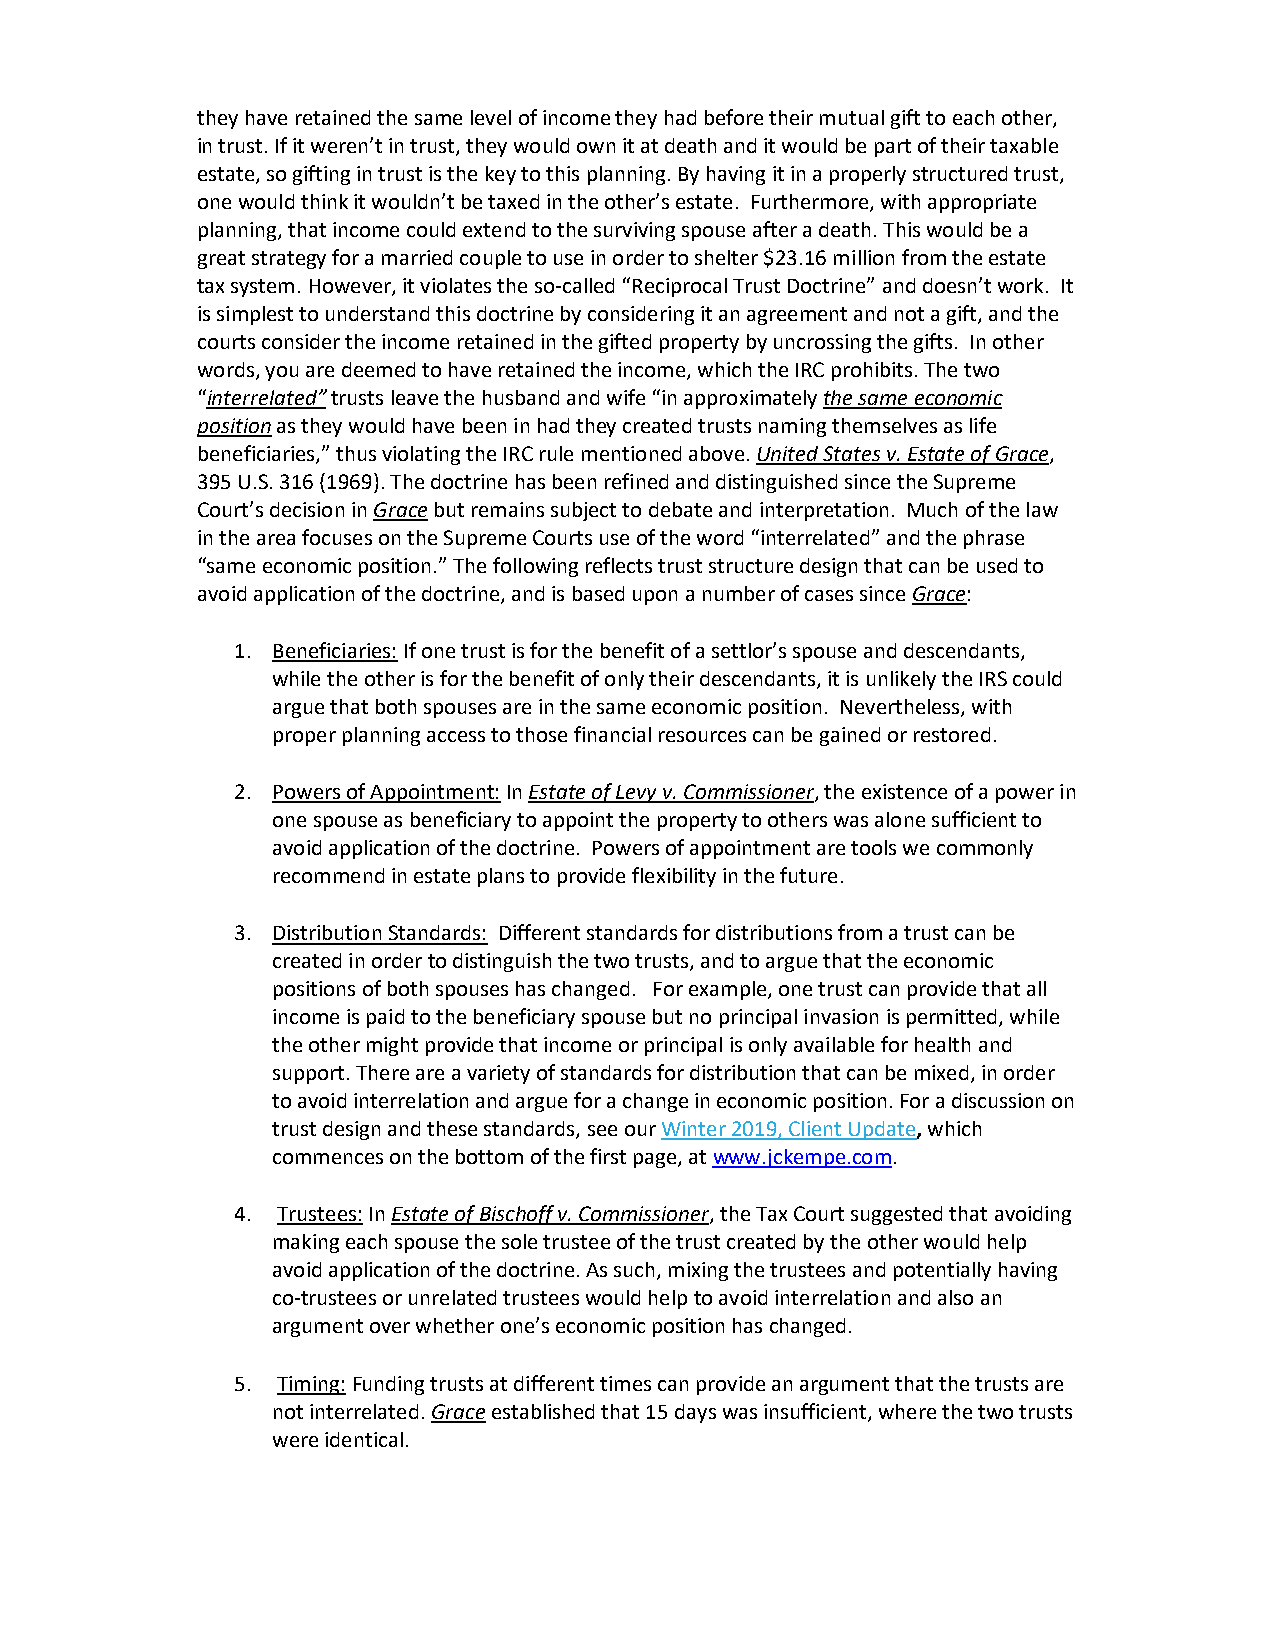
they have retained the same level of income they had before their mutual gift to each other,
 in trust. If it weren’t in trust, they would own it at death and it would be part of their taxable
 estate, so gifting in trust is the key to this planning. By having it in a properly structured trust,
 one would think it wouldn’t be taxed in the other’s estate. Furthermore, with appropriate
 planning, that income could extend to the surviving spouse after a death. This would be a
 great strategy for a married couple to use in order to shelter $23.16 million from the estate
 tax system. However, it violates the so-called “Reciprocal Trust Doctrine” and doesn’t work. It
 is simplest to understand this doctrine by considering it an agreement and not a gift, and the
 courts consider the income retained in the gifted property by uncrossing the gifts. In other
 words, you are deemed to have retained the income, which the IRC prohibits. The two
 “interrelated” trusts leave the husband and wife “in approximately the same economic
 position as they would have been in had they created trusts naming themselves as life
 beneficiaries,” thus violating the IRC rule mentioned above. United States v. Estate of Grace,
 395 U.S. 316 (1969). The doctrine has been refined and distinguished since the Supreme
 Court’s decision in Grace but remains subject to debate and interpretation. Much of the law
 in the area focuses on the Supreme Courts use of the word “interrelated” and the phrase
 “same economic position.” The following reflects trust structure design that can be used to
 avoid application of the doctrine, and is based upon a number of cases since Grace:
 1. Beneficiaries: If one trust is for the benefit of a settlor’s spouse and descendants,
 while the other is for the benefit of only their descendants, it is unlikely the IRS could
 argue that both spouses are in the same economic position. Nevertheless, with
 proper planning access to those financial resources can be gained or restored.
 2. Powers of Appointment: In Estate of Levy v. Commissioner, the existence of a power in
 one spouse as beneficiary to appoint the property to others was alone sufficient to
 avoid application of the doctrine. Powers of appointment are tools we commonly
 recommend in estate plans to provide flexibility in the future.
 3. Distribution Standards: Different standards for distributions from a trust can be
 created in order to distinguish the two trusts, and to argue that the economic
 positions of both spouses has changed. For example, one trust can provide that all
 income is paid to the beneficiary spouse but no principal invasion is permitted, while
 the other might provide that income or principal is only available for health and
 support. There are a variety of standards for distribution that can be mixed, in order
 to avoid interrelation and argue for a change in economic position. For a discussion on
 trust design and these standards, see our Winter 2019, Client Update, which
 commences on the bottom of the first page, at www.jckempe.com.
 4. Trustees: In Estate of Bischoff v. Commissioner, the Tax Court suggested that avoiding
 making each spouse the sole trustee of the trust created by the other would help
 avoid application of the doctrine. As such, mixing the trustees and potentially having
 co-trustees or unrelated trustees would help to avoid interrelation and also an
 argument over whether one’s economic position has changed.
 5. Timing: Funding trusts at different times can provide an argument that the trusts are
 not interrelated. Grace established that 15 days was insufficient, where the two trusts
 were identical.